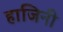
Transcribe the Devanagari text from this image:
हाजिनी